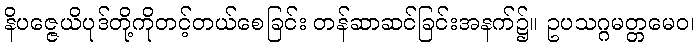
နိပဇ္ဇေယိပုဒ်တို့ကိုတင့်တယ်စေခြင်း တန်ဆာဆင်ခြင်းအနက်၌။ ဥပသဂ္ဂမတ္တမေဝ၊